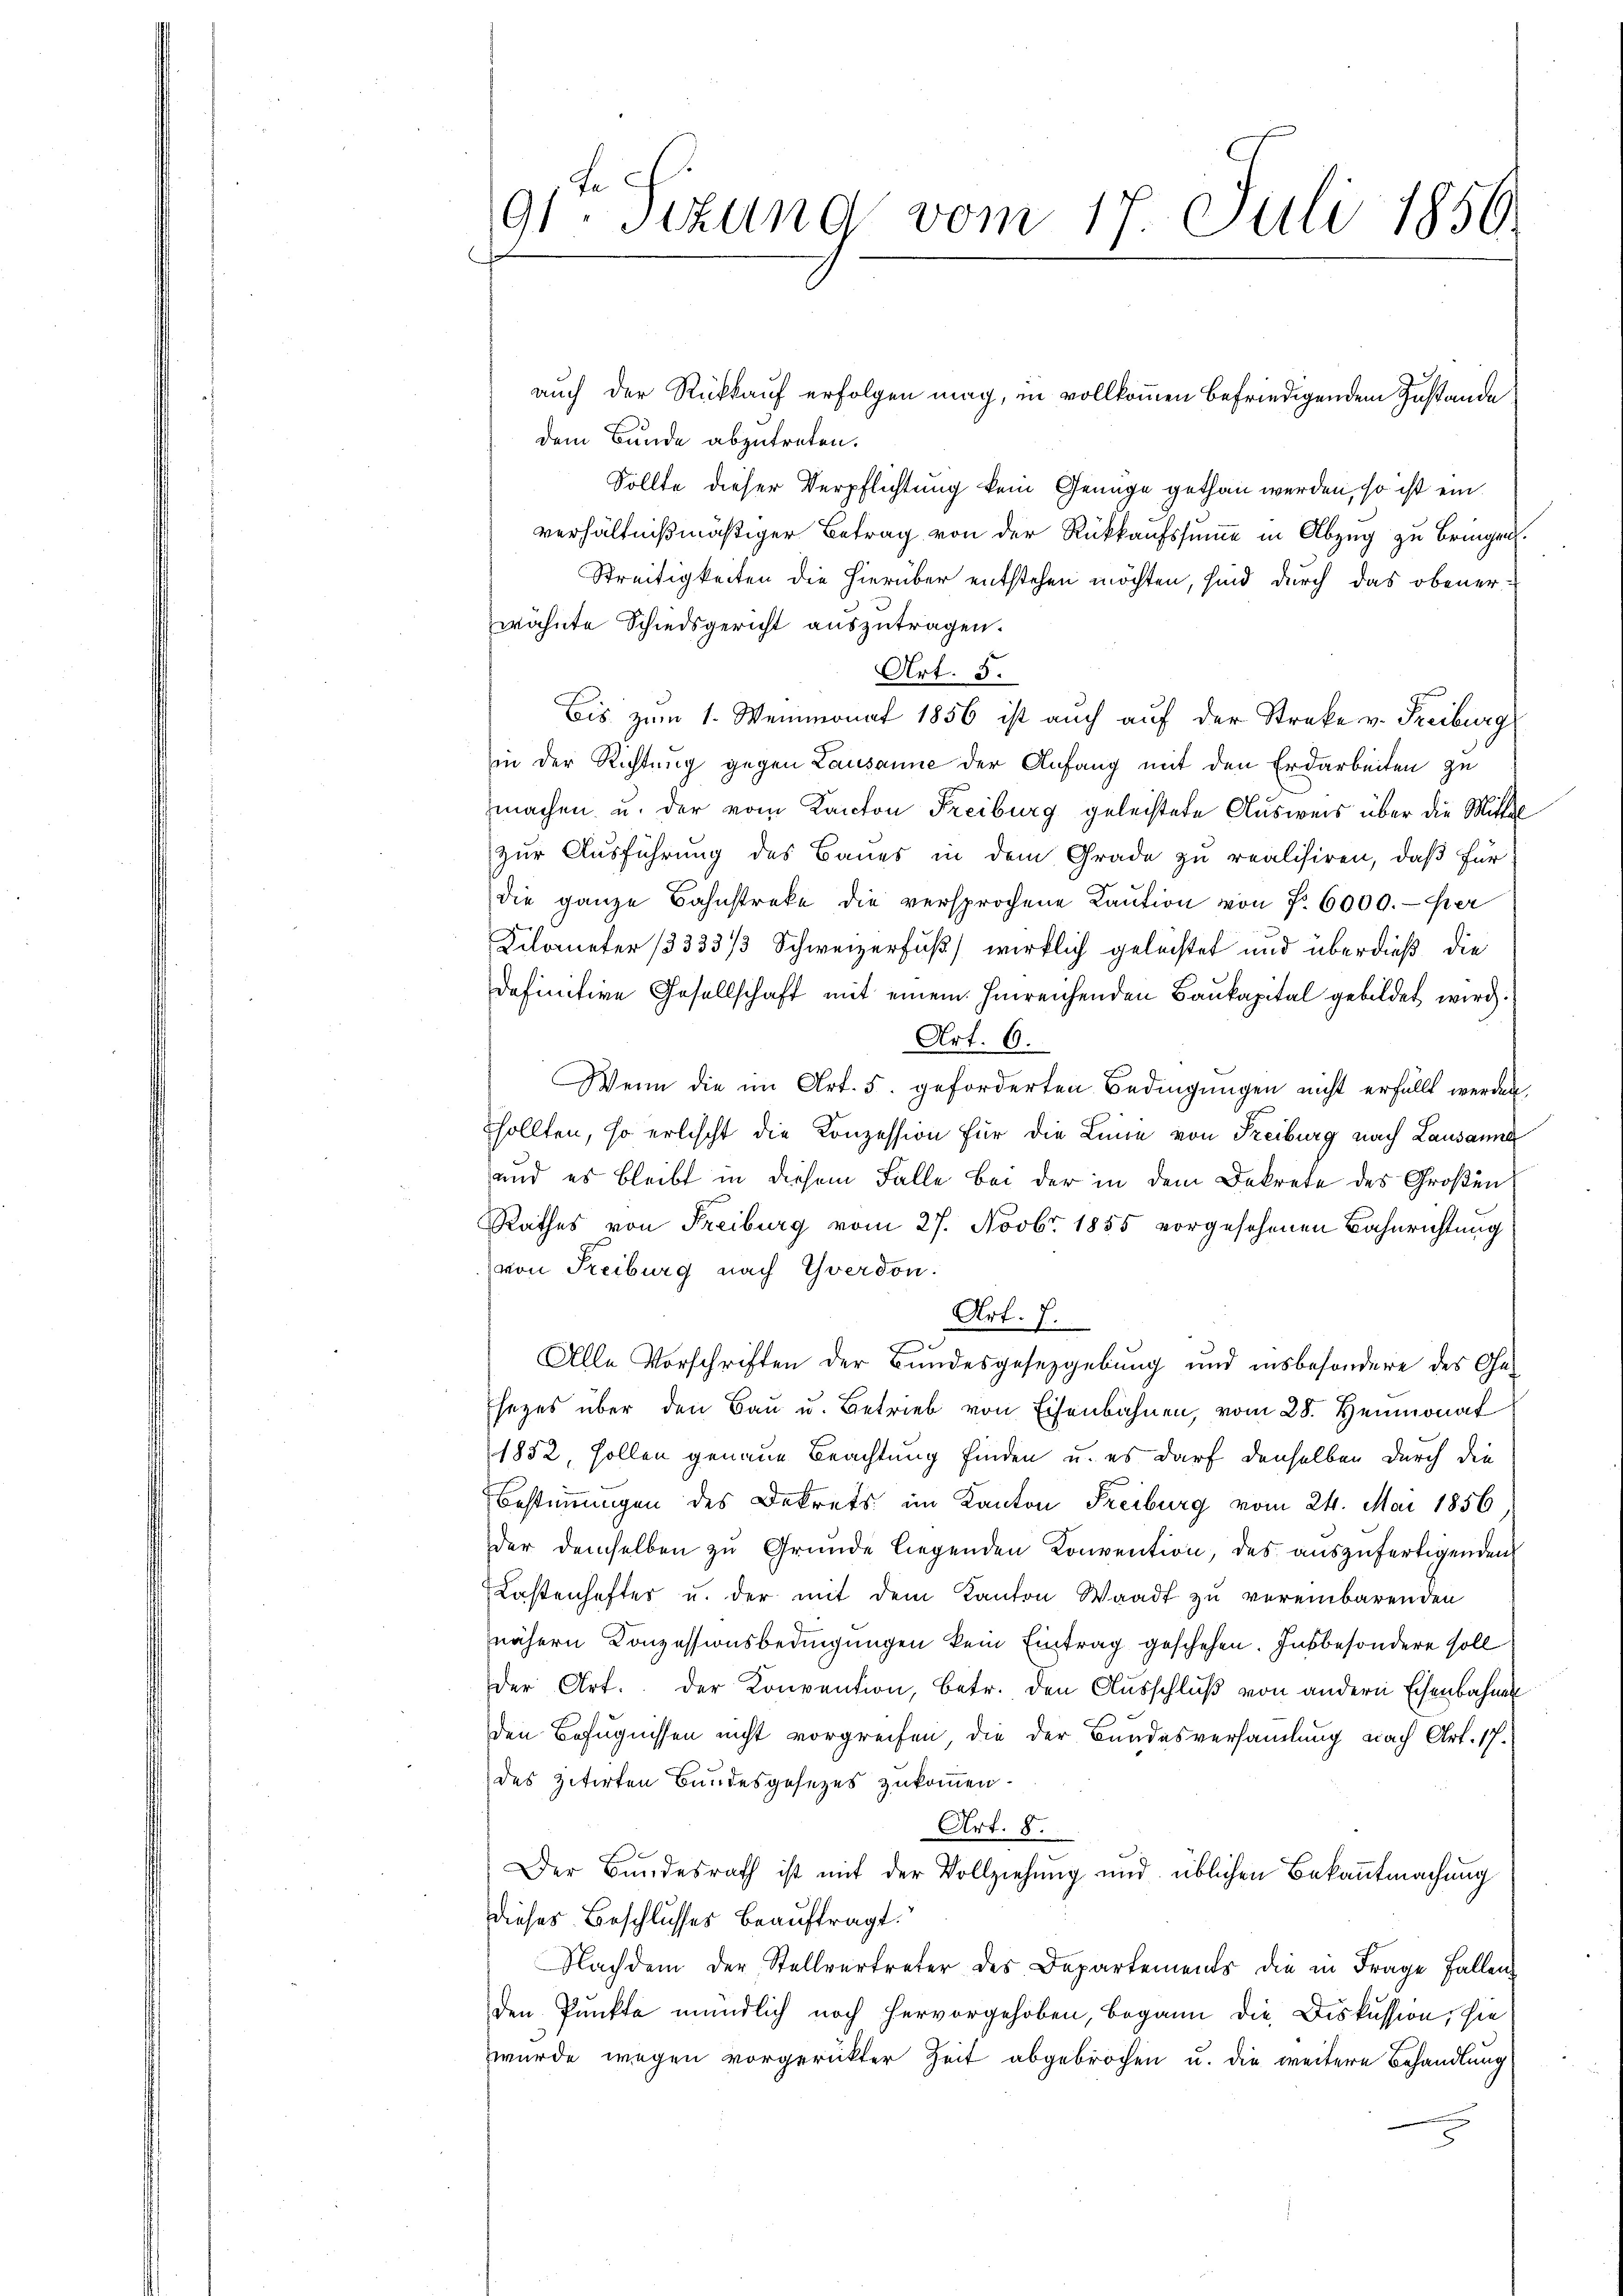
91 sizung vom 17. Juli 1856.

auch der Rückkauf erfolgen mag, in vollkommen befriedigendem Zustande
dem Bunde abzutreten.
Sollte dieser Verpflichtung kein Genüge gethan werden, so ist ein
verhältnißmäßiger Betrag von der Rückkaufssumme in Abzug zu bringen.
Streitigkeiten die hierüber entstehen möchten, sind durch das obenerwähnte Schiedsgericht auszutragen.
Art. 5.
Bis zum 1. Weinmonat 1856 ist auch auf der Streke v. Freiburg
in der Richtung gegen Lausanne der Anfang mit den Erdarbeiten zu
machen u. der vom Kanton Freiburg geleistete Ausweis über die Mittel
zur Ausführung des Baues in dem Grade zu realisiren, daß für
die ganze Bahnstreke die versprochene Kaŭtion von f. 6000.- er
Kilometer 13333/3 Schweizerfuß) wirklich geleistet und überdieß die
definitive Gesellschaft mit einem hinreichenden Baukapital gebildet wird.
Art. 6.
Wenn die im Art. 5. geforderten Bedingungen nicht erfüllt werden.
sollten, so erlischt die Konzession für die Linie von Freiburg nach Lausanne
und es bleibt in diesem Falle bei der in dem Dekrete des Großen
Rathes von Freiburg vom 27. Novbr. 1855 vorgesehenen Bahnrichtung
von Freiburg nach Yverdon.
Art. 7.
Alle Vorschriften der Bundesgesetzgebung und insbesondere des Gesezes über den Bau u. Betrieb von Eisenbahnen, vom 28. Heumonat
1852, sollen genaue Beachtung finden u. es darf denselben durch die
Bestimmungen des Dekrets im Kanton Freiburg vom 24. Mai 1856
der demselben zu Grunde liegenden Konvention, des auszufertigenden
Kastenhafter u. der mit dem Kanton Waadt zu vereinbarenden
nähern Konzessionsbedingungen kein Eintrag geschehen. Insbesondere soll
der Art. der Konvention, betr. den Ausschlŭβ von andern Eisenbahnen
den Befugnissen nicht vorgreifen, die der Bundesversamlung nach Art. 17.
des zitirten Bundesgesezes zukommen.
Art. 8.
Der Bundesrath ist mit der Vollziehung und üblichen Bekanntmachung
dieses Beschlusses beauftragt.
Nachdem der Stellvertreter des Departements die in Frage Fallen
den Punkte mündlich noch hervorgehoben, begann die Diskussion, sie
wurde wegen vorgerückter Zeit abgebrochen u. die weitere Behandlung